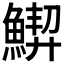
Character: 𱆵